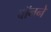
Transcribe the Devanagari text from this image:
वॉनने